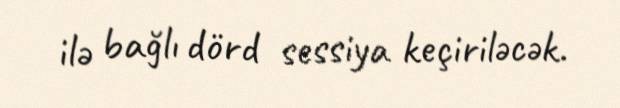
ilə bağlı dörd sessiya keçiriləcək.